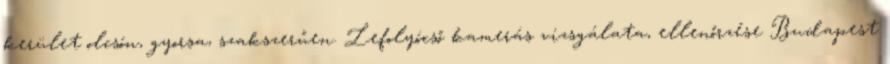
kerület olcsón, gyorsa, szakszerűen. Lefolyócső kamerás vizsgálata, ellenőrzése Budapest